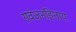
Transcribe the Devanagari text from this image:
सर्वजनहिताय